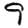
Digit: 9